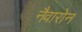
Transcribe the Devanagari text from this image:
नैवारोन